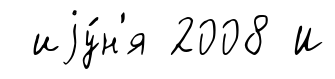
иjу́н'я 2008 И